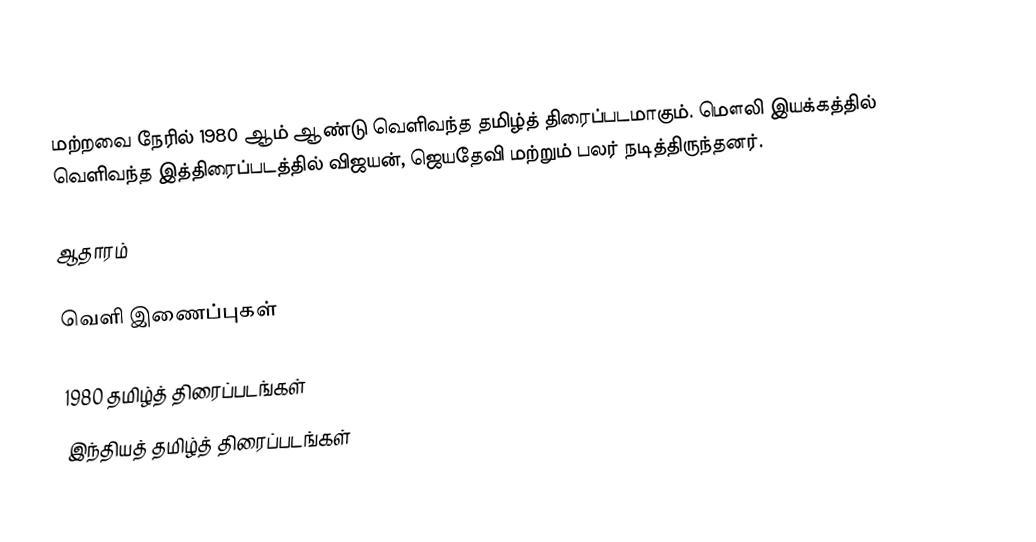
மற்றவை நேரில் 1980 ஆம் ஆண்டு வெளிவந்த தமிழ்த் திரைப்படமாகும். மௌலி இயக்கத்தில் வெளிவந்த இத்திரைப்படத்தில் விஜயன், ஜெயதேவி மற்றும் பலர் நடித்திருந்தனர்.

ஆதாரம்

வெளி இணைப்புகள்

1980 தமிழ்த் திரைப்படங்கள்
இந்தியத் தமிழ்த் திரைப்படங்கள்